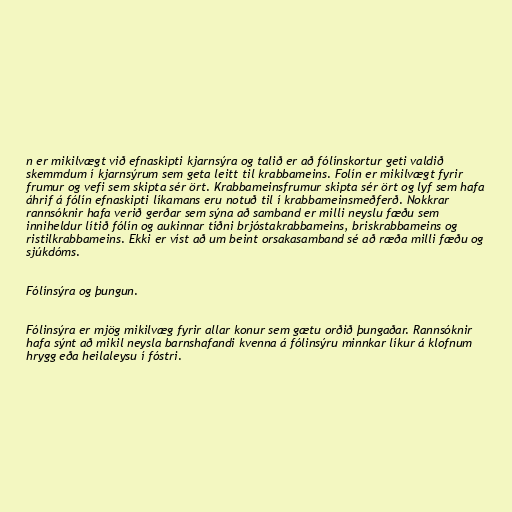
n er mikilvægt við efnaskipti kjarnsýra og talið er að fólínskortur geti valdið
skemmdum í kjarnsýrum sem geta leitt til krabbameins. Folín er mikilvægt fyrir
frumur og vefi sem skipta sér ört. Krabbameinsfrumur skipta sér ört og lyf sem hafa
áhrif á fólín efnaskipti líkamans eru notuð til í krabbameinsmeðferð. Nokkrar
rannsóknir hafa verið gerðar sem sýna að samband er milli neyslu fæðu sem
inniheldur lítið fólín og aukinnar tíðni brjóstakrabbameins, briskrabbameins og
ristilkrabbameins. Ekki er víst að um beint orsakasamband sé að ræða milli fæðu og
sjúkdóms.

Fólínsýra og þungun.

Fólinsýra er mjög mikilvæg fyrir allar konur sem gætu orðið þungaðar. Rannsóknir
hafa sýnt að mikil neysla barnshafandi kvenna á fólinsýru minnkar líkur á klofnum
hrygg eða heilaleysu í fóstri.